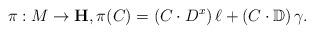
LaTeX: \begin{align*}\pi:M\to \mathbf{H},\pi(C)=\left(C\cdot D^x\right)\ell+\left(C\cdot\mathbb{D}\right)\gamma.\end{align*}